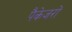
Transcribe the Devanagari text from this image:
पैकेजरों